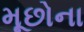
મૂછોના